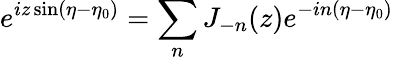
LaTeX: e^{iz\sin(\eta-\eta_{0})}=\sum_{n}J_{-n}(z)e^{-in(\eta-\eta_{0})}